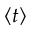
\langle t \rangle